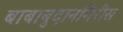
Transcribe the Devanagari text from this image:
बाबाबुदानगिरीस